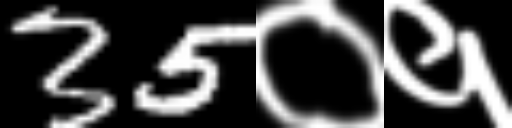
Text: 35०१